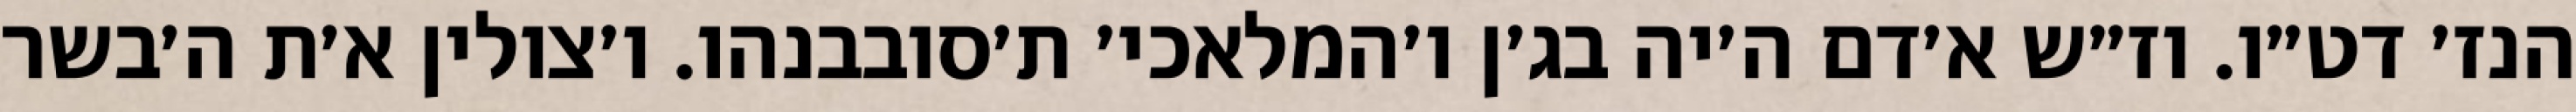
הנז׳ דט״ו. וז״ש א׳דם ה׳יה בג׳ן ו׳המלאכי׳ ת׳סובבנהו. ו׳צולין א׳ת ה׳בשר